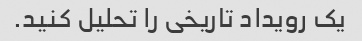
یک رویداد تاریخی را تحلیل کنید.